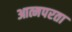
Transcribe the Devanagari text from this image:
आत्मपरता